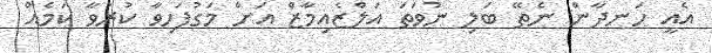
އެއީ ހަނދާން ނެތޭ ބަލި ނުވަތަ އަލްޒެއިމާޒް އަށް މަގުފަހިވާ ކުރުވާ ކަމެއް